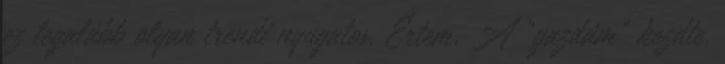
ez legalább olyan trendi nyugatos. Értem. A "gazdám" kezdte,